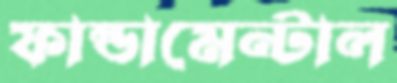
ফান্ডামেন্টাল